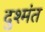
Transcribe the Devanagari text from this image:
दुश्मंत